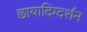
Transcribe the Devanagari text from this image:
छायादिग्दर्शन